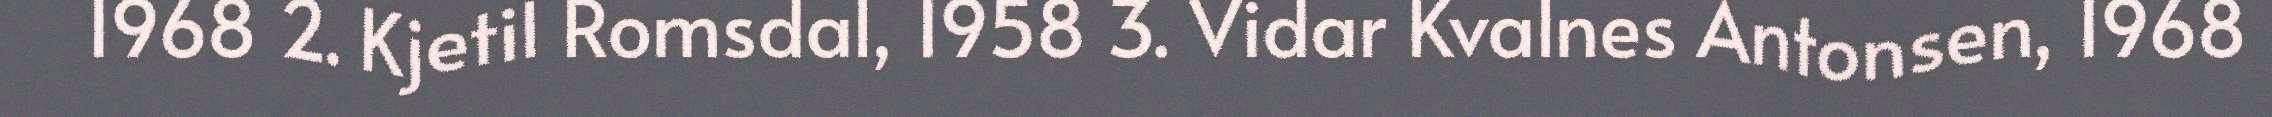
1968 2. Kjetil Romsdal, 1958 3. Vidar Kvalnes Antonsen, 1968